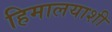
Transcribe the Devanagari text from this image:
हिमालयाशी